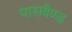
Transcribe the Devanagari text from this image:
पासबैण्ड